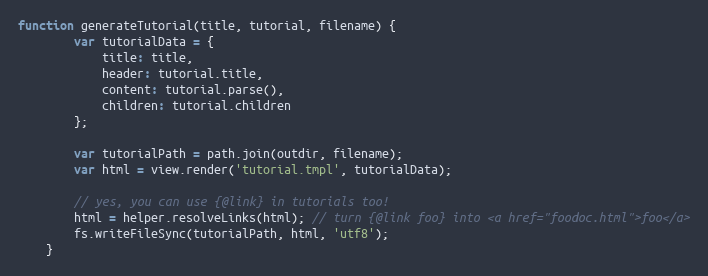
Language: JavaScript
function generateTutorial(title, tutorial, filename) {
        var tutorialData = {
            title: title,
            header: tutorial.title,
            content: tutorial.parse(),
            children: tutorial.children
        };

        var tutorialPath = path.join(outdir, filename);
        var html = view.render('tutorial.tmpl', tutorialData);

        // yes, you can use {@link} in tutorials too!
        html = helper.resolveLinks(html); // turn {@link foo} into <a href="foodoc.html">foo</a>
        fs.writeFileSync(tutorialPath, html, 'utf8');
    }